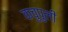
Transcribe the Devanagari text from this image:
कचुपुली